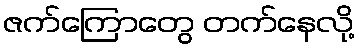
ဇက်ကြောတွေ တက်နေလို့